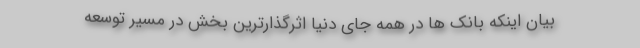
بیان اینکه بانک ها در همه جای دنیا اثرگذارترین بخش در مسیر توسعه